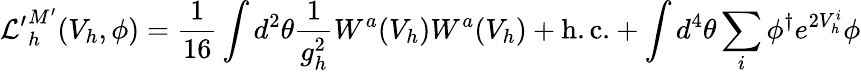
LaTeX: {\cal L^{\prime}}_{h}^{M^{\prime}}(V_{h},\phi)=\frac{1}{16}\int d^{2}\theta\frac{1}{g_{h}^{2}}W^{a}(V_{h})W^{a}(V_{h})+\mathrm{h.c.}+\int d^{4}\theta\sum_{i}\phi^{\dagger}e^{2V_{h}^{i}}\phi